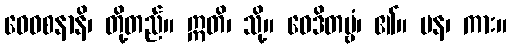
ဝေဝစနာနိ၊ တို့တည်။ ဣတိ၊ သို့။ ဝေဒိတဗ္ဗံ၊ ၏။ ပန၊ ကား။